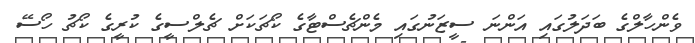
ވެންހާލްގެ ބަދަލުގައި އަންނަ ސީޒަނުގައި މެންޗެސްޓާގެ ކޯޗަކަށް ޗެލްސީގެ ކުރީގެ ކޯޗު ހޯސޭ